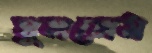
ঘুললেম